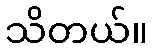
သိတယ်။